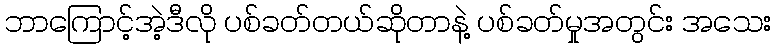
ဘာကြောင့်အဲ့ဒီလို ပစ်ခတ်တယ်ဆိုတာနဲ့ ပစ်ခတ်မှုအတွင်း အသေး